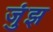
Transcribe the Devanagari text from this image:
जुंझ